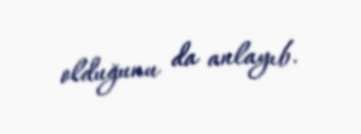
olduğunu da anlayıb.